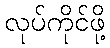
လုပ်ကိုင်ဖို့